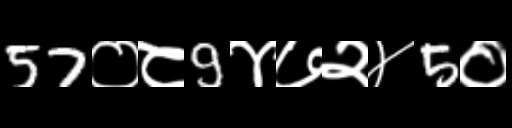
Text: 57०८9४७२४5०